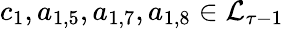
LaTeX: c_{1},a_{1,5},a_{1,7},a_{1,8}\in\mathcal{L}_{\tau-1}